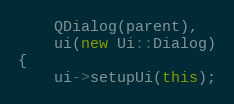
Language: C++
    QDialog(parent),
    ui(new Ui::Dialog)
{
    ui->setupUi(this);